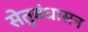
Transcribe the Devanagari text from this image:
सेतुबंधासन